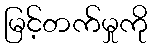
မြင့်တက်မှုကို